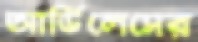
আর্ডিলেসের